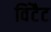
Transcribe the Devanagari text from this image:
विंटैट